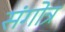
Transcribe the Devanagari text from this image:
संगोत्र